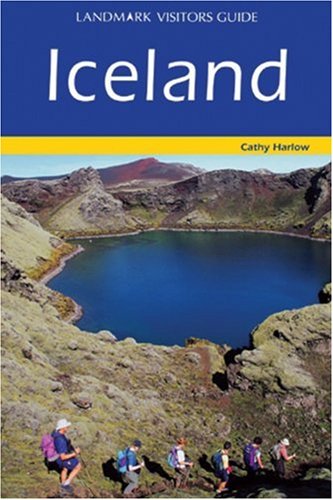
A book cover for Landmark Visitors Guide Iceland (Landmark Visitors Guides); Cathy Harlow; Travel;